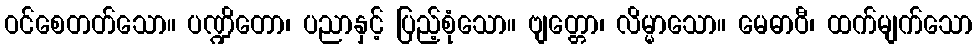
ဝင်စေတတ်သော။ ပဏ္ဍိတော၊ ပညာနှင့် ပြည့်စုံသော။ ဗျတ္တော၊ လိမ္မာသော။ မေဓာဝီ၊ ထက်မျက်သော